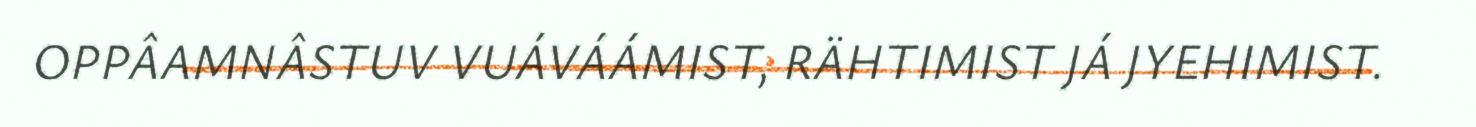
OPPÂAMNÂSTUV VUÁVÁÁMIST, RÄHTIMIST JÁ JYEHIMIST.